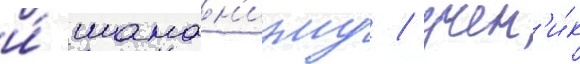
и́ шаман'изму / учен'и́к